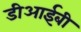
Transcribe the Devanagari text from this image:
डीआईबी